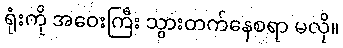
ရုံးကို အဝေးကြီး သွားတက်နေစရာ မလို။